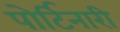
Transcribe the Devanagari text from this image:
पोर्टिनारी